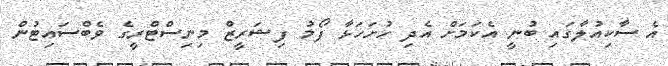
އެ ސާކިއުލާގައި ބުނީ އެކަމަށް އެދި ހުށަހަޅާ ފޯމު ފިޝަރީޒް މިނިސްޓްރީގެ ވެބްސައިޓުން